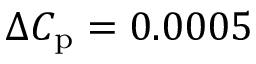
\Delta C _ { \mathrm { p } } = 0 . 0 0 0 5